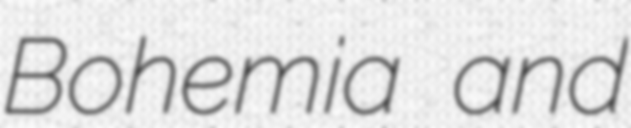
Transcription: Bohemia and